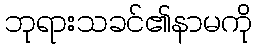
ဘုရားသခင်၏နာမကို